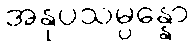
အနုပသမ္ပန္နော